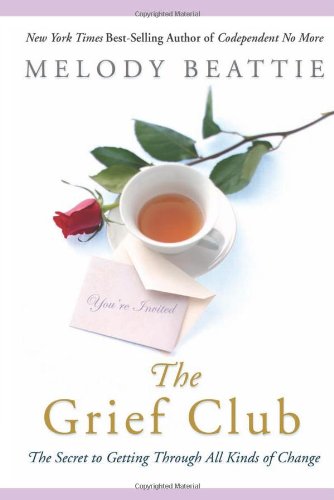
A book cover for The Grief Club: The Secret to Getting Through All Kinds of Change; Melody Beattie; Self-Help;